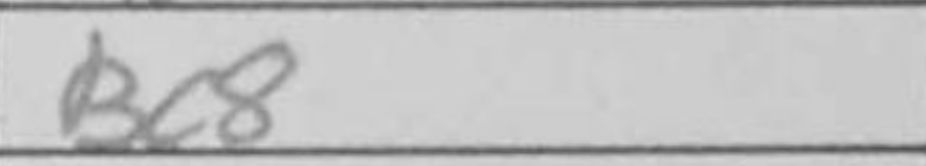
Transcription: Bc8